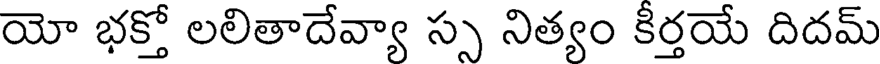
యో భక్తో లలితాదేవ్యా స్స నిత్యం కీర్తయే దిదమ్